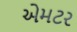
એમટર